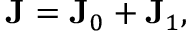
{ \bf { J } } = { \bf { J } } _ { 0 } + { \bf { J } } _ { 1 } ,